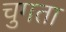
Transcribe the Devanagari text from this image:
चुगता